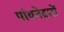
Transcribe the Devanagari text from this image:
पांवनेदारों